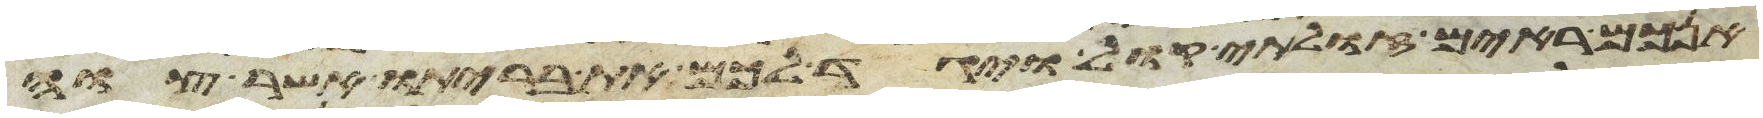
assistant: אינכם ראים זולתי קול ויגד לכם את בריתו אשר צוה